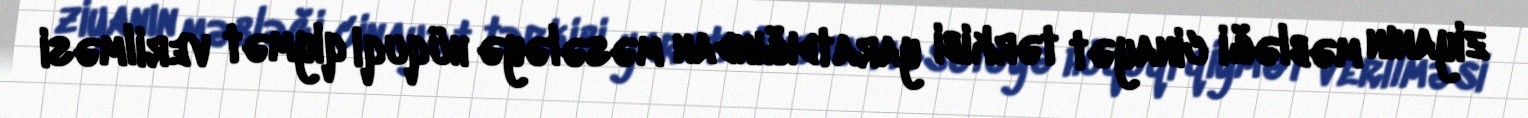
ziyanın məbləği cinayət tərkibi yaratdığından məsələyə hüquqi qiymət verilməsi